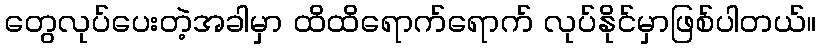
တွေလုပ်ပေးတဲ့အခါမှာ ထိထိရောက်ရောက် လုပ်နိုင်မှာဖြစ်ပါတယ်။